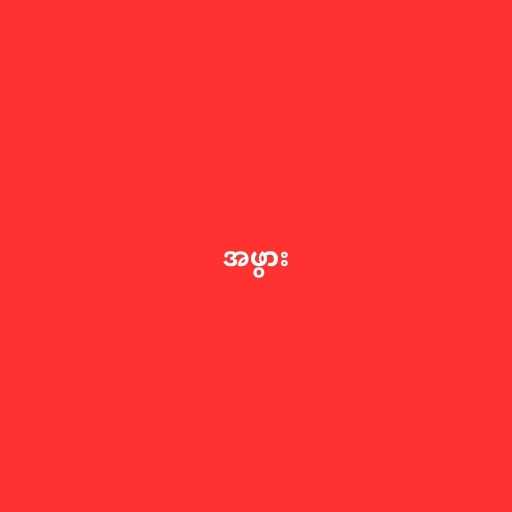
အဖွား